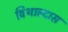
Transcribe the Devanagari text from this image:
विथाल्दास